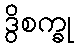
ဒွိစက္ခု